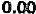
0.00